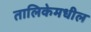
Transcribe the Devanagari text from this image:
तालिकेमधील